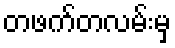
တဖက်တလမ်းမှ